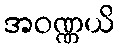
အဝဏ္ဏယိ